Plague in India, 1896, 1897 - Volume 1
Year: 1896
Disease focus: Plague
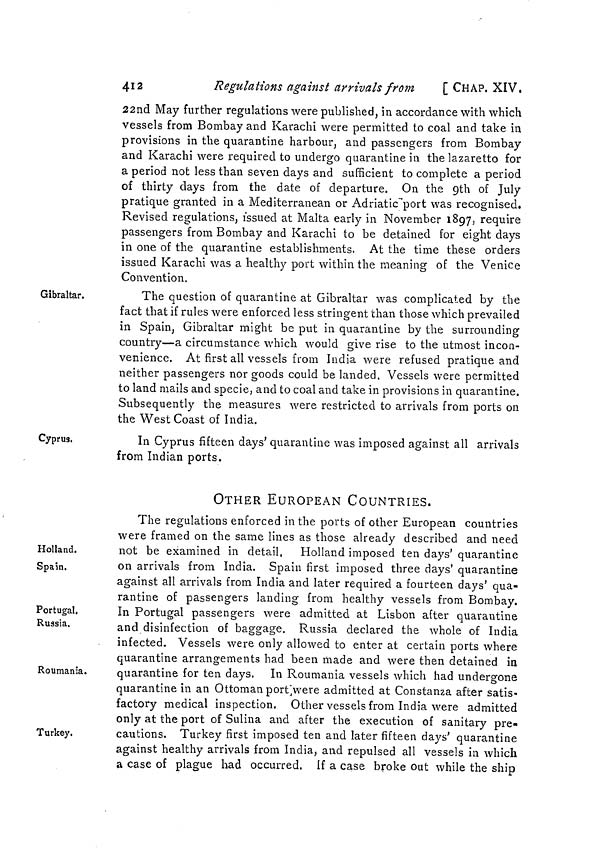
412
Regulations against arrivals from
[ CHAP. XIV.
22nd May further regulations were published, in accordance with which
vessels from Bombay and Karachi were permitted to coal and take in
provisions in the quarantine harbour, and passengers from Bombay
and Karachi were required to undergo quarantine in the lazaretto for
a period not less than seven days and sufficient to complete a period
of thirty days from the date of departure. On the 9th of July
pratique granted in a Mediterranean or Adriatic port was recognised.
Revised regulations, issued at Malta early in November 1897, require
passengers from Bombay and Karachi to be detained for eight days
in one of the quarantine establishments. At the time these orders
issued Karachi was a healthy port within the meaning of the Venice
Convention.
Gibraltar.
The question of quarantine at Gibraltar was complicated by the
fact that if rules were enforced less stringent than those which prevailed
in Spain, Gibraltar might be put in quarantine by the surrounding
country—a circumstance which would give rise to the utmost incon-
venience. At first all vessels from India were refused pratique and
neither passengers nor goods could be landed. Vessels were permitted
to land mails and specie, and to coal and take in provisions in quarantine.
Subsequently the measures were restricted to arrivals from ports on
the West Coast of India.
Cyprus.
In Cyprus fifteen days' quarantine was imposed against all arrivals
from Indian ports.
OTHER EUROPEAN COUNTRIES.
Holland.
Spain.
The regulations enforced in the ports of other European countries
were framed on the same lines as those already described and need
not be examined in detail, Holland imposed ten days' quarantine
on arrivals from India. Spain first imposed three days' quarantine
against all arrivals from India and later required a fourteen days' qua-
rantine of passengers landing from healthy vessels from Bombay.
Portugal.
Russia.
In Portugal passengers were admitted at Lisbon after quarantine
and disinfection of baggage. Russia declared the whole of India
infected. Vessels were only allowed to enter at certain ports where
quarantine arrangements had been made and were then detained in
Roumania.
quarantine for ten days. In Roumania vessels which had undergone
quarantine in an Ottoman port were admitted at Constanza after satis-
factory medical inspection. Other vessels from India were admitted
only at the port of Sulina and after the execution of sanitary pre-
Turkey.
cautions. Turkey first imposed ten and later fifteen days' quarantine
against healthy arrivals from India, and repulsed all vessels in which
a case of plague had occurred. If a case broke out while the ship